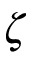
\zeta